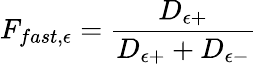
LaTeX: F_{fast,\epsilon}=\frac{D_{\epsilon+}}{D_{\epsilon+}+D_{\epsilon-}}